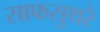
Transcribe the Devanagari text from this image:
साफसुथरे